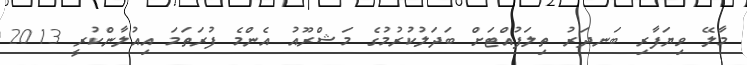
މާލޭ ވިޔަފާރި ބަނދަރު ތިލަފުއްޓަށް ބަދަލުކުރުމުގެ މަޝްރޫއު އެންމެ ފުރަތަމަ އިއުލާންކުރީ 2013